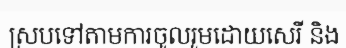
ស្របទៅតាមការចូលរួមដោយសេរី និង